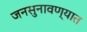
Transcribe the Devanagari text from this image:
जनसुनावण्यात